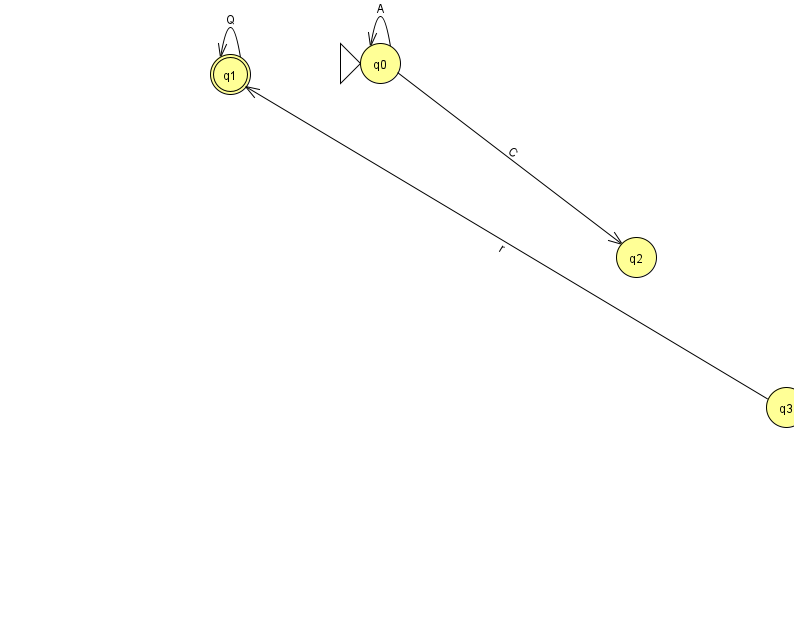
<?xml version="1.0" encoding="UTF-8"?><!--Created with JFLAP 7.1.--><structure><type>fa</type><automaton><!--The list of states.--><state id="0" name="q0"><x>380.0</x><y>50.0</y><initial/></state><state id="1" name="q1"><x>230.0</x><y>61.0</y><final/></state><state id="2" name="q2"><x>636.0</x><y>244.0</y></state><state id="3" name="q3"><x>786.0</x><y>394.0</y></state><!--The list of transitions.--><transition><from>0</from><to>0</to><read>A</read></transition><transition><from>1</from><to>1</to><read>Q</read></transition><transition><from>0</from><to>2</to><read>C</read></transition><transition><from>3</from><to>1</to><read>r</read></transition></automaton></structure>